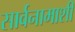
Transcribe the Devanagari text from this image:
सार्वनामाशी